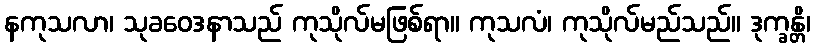
နကုသလာ၊ သုခဝေဒနာသည် ကုသိုလ်မဖြစ်ရာ။ ကုသလံ၊ ကုသိုလ်မည်သည်။ ဒုက္ခန္တိ၊